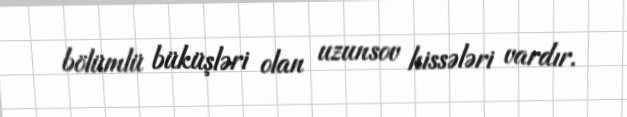
bölümlü büküşləri olan uzunsov hissələri vardır.